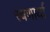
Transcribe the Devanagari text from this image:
रचणार्या